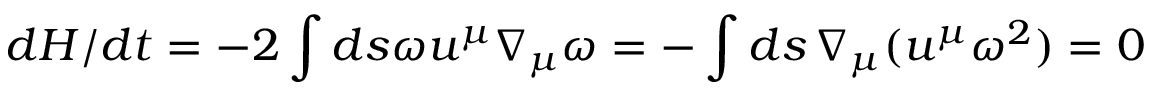
d H / d t = - 2 \int d s \omega u ^ { \mu } \nabla _ { \mu } \omega = - \int d s \, \nabla _ { \mu } ( u ^ { \mu } \omega ^ { 2 } ) = 0